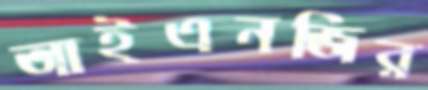
আইএনজির